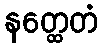
နတ္ထေတံ